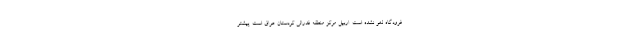
فرودگاه لغو نشده است. اربیل مرکز منطقه فدرالی کردستان عراق است. پیشتر